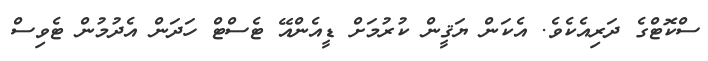
ސްކޮޓްގެ ދަރިއެކެވެ. އެކަން ޔަޤީން ކުރުމަށް ޑީއެންއޭ ޓެސްޓް ހަދަން އެދުމުން ޓެވިސް